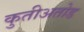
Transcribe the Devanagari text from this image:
कुतीअतोड